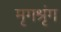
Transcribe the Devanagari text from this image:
मृगश्रृंग